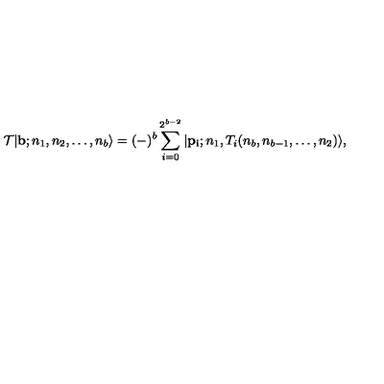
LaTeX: { \cal T } | { \bf b } ; n _ { 1 } , n _ { 2 } , \ldots , n _ { b } \rangle = ( - ) ^ { b } \sum _ { i = 0 } ^ { 2 ^ { b - 2 } } | { \bf p _ { i } } ; n _ { 1 } , T _ { i } ( n _ { b } , n _ { b - 1 } , \ldots , n _ { 2 } ) \rangle ,